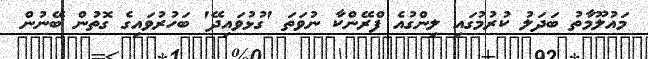
މައުލޫމާތު ބަދަލު ކުރުމުގައި ލިންގުއެ ފްރޭންކާ ނުވަތަ 'ގުޅުވައިދޭ' ބަހުރުވައިގެ ގޮތުން ބޭނުން